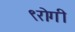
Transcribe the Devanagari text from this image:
९रोगी